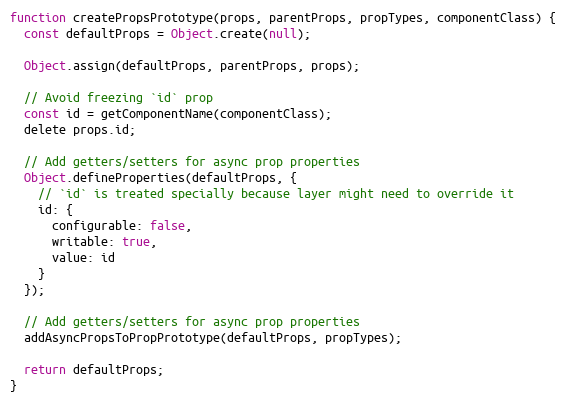
Language: JavaScript
function createPropsPrototype(props, parentProps, propTypes, componentClass) {
  const defaultProps = Object.create(null);

  Object.assign(defaultProps, parentProps, props);

  // Avoid freezing `id` prop
  const id = getComponentName(componentClass);
  delete props.id;

  // Add getters/setters for async prop properties
  Object.defineProperties(defaultProps, {
    // `id` is treated specially because layer might need to override it
    id: {
      configurable: false,
      writable: true,
      value: id
    }
  });

  // Add getters/setters for async prop properties
  addAsyncPropsToPropPrototype(defaultProps, propTypes);

  return defaultProps;
}